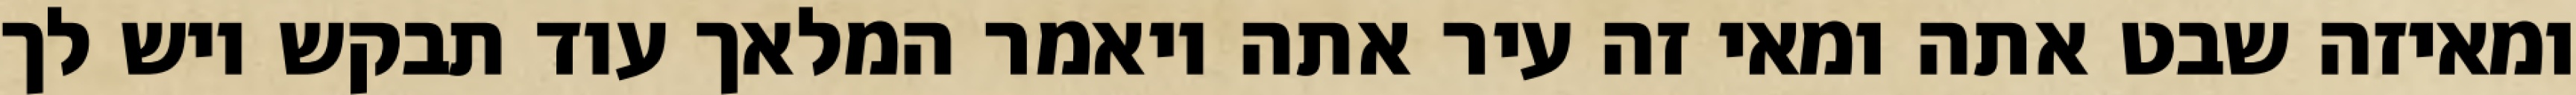
ומאיזה שבט אתה ומאי זה עיר אתה ויאמר המלאך עוד תבקש ויש לך